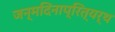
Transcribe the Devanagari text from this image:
जन्मदिनाप्रित्यर्थ